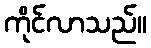
ကိုင်လာသည်။